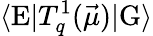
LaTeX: \langle\textrm{E}|T_{q}^{1}(\vec{\mu})|\textrm{G}\rangle